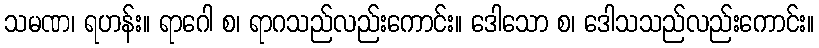
သမဏ၊ ရဟန်း။ ရာဂေါ စ၊ ရာဂသည်လည်းကောင်း။ ဒေါသော စ၊ ဒေါသသည်လည်းကောင်း။